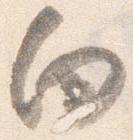
向